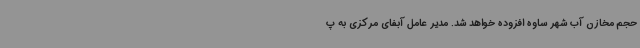
حجم مخازن آب شهر ساوه افزوده خواهد شد. مدیر عامل آبفای مرکزی به پ